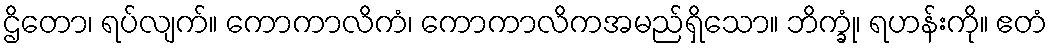
ဌိတော၊ ရပ်လျက်။ ကောကာလိကံ၊ ကောကာလိကအမည်ရှိသော။ ဘိက္ခုံ၊ ရဟန်းကို။ ဧတံ